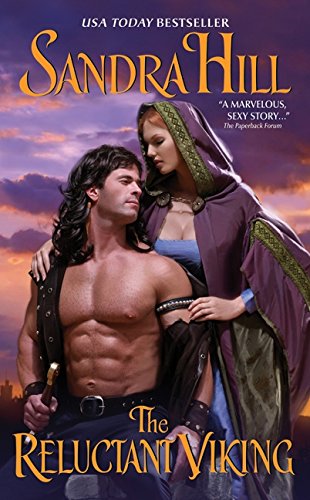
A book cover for The Reluctant Viking (Viking I); Sandra Hill; Romance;